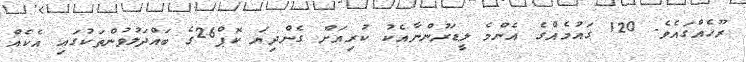
ރޫހެއްގައެވެ. 120 ގައުމެއްގެ އެންމެ ލީޑަރުންނާއެކު ކުރިއަށް ގެންދިޔަ ކޮޕް26ގެ ބައްދަލުވުންތަކުގައި އެކެއް